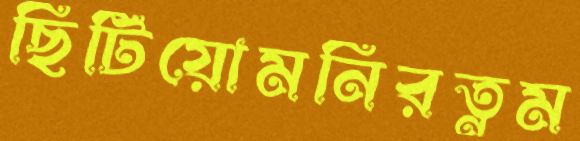
ছিটিয়োমনিরত্নম